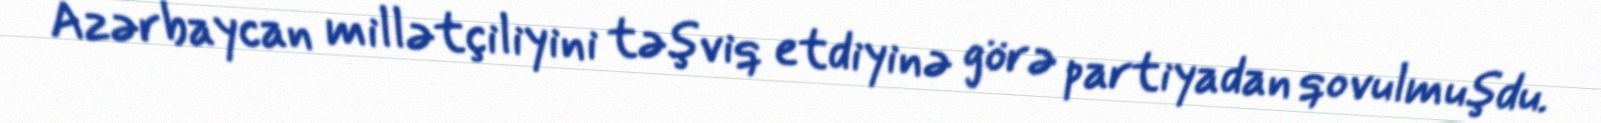
Azərbaycan millətçiliyini təşviq etdiyinə görə partiyadan qovulmuşdu.